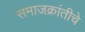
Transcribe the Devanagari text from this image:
समाजक्रांतीचे